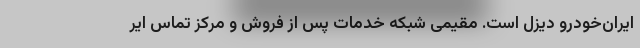
ایران‌خودرو دیزل است. مقیمی شبکه خدمات پس از فروش و مرکز تماس ایر